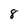
Character: 8